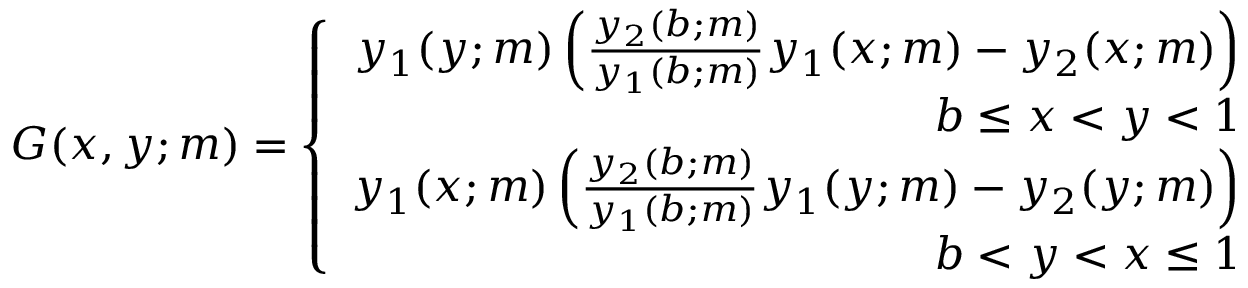
\begin{array} { r } { G ( x , y ; m ) = \left\{ \begin{array} { r } { y _ { 1 } ( y ; m ) \left( \frac { y _ { 2 } ( b ; m ) } { y _ { 1 } ( b ; m ) } y _ { 1 } ( x ; m ) - y _ { 2 } ( x ; m ) \right) } \\ { b \leq x < y < 1 } \\ { y _ { 1 } ( x ; m ) \left( \frac { y _ { 2 } ( b ; m ) } { y _ { 1 } ( b ; m ) } y _ { 1 } ( y ; m ) - y _ { 2 } ( y ; m ) \right) } \\ { b < y < x \leq 1 } \end{array} \right. } \end{array}